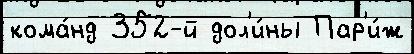
кома́нд 352-й дол'и́ны Пар'и́ж